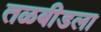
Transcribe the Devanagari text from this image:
तळबीडला